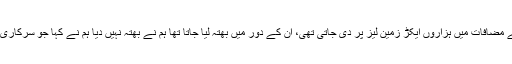
ان کا کہنا تھا کہ کراچی کے مضافات میں ہزاروں ایکڑ زمین لیز پر دی جاتی تھی، ان کے دور میں بھتہ لیا جاتا تھا ہم نے بھتہ نہیں دیا ہم نے کہا جو سرکاری فیس ہے وہ ہم سے لے لیں۔